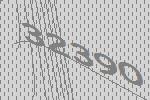
32390